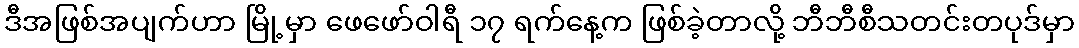
ဒီအဖြစ်အပျက်ဟာ မြို့မှာ ဖေဖော်ဝါရီ ၁၇ ရက်နေ့က ဖြစ်ခဲ့တာလို့ ဘီဘီစီသတင်းတပုဒ်မှာ